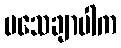
မသေချာပါက